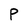
Character: P